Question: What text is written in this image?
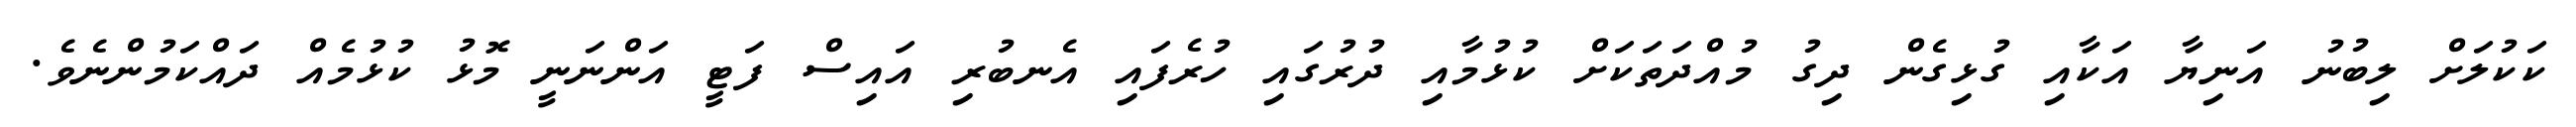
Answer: ކަކުލަށް ލިބުނު އަނިޔާ އަކާއި ގުޅިގެން ދިގު މުއްދަތަކަށް ކުޅުމާއި ދުރުގައި ހުރެފައި އެނބުރި އައިސް ފަޓީ އަންނަނީ މޮޅު ކުޅުމެއް ދައްކަމުންނެވެ.